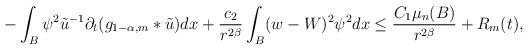
LaTeX: \begin{align*}-\int_{B}\psi^{2}\tilde{u}^{-1}\partial_{t}(g_{1-\alpha,m}*\tilde{u})dx + \frac{c_{2}}{r^{2\beta}}\int_{B}(w-W)^{2}\psi^{2}dx \leq\frac{C_{1}\mu_{n}(B)}{r^{2\beta}} + R_{m}(t),\end{align*}